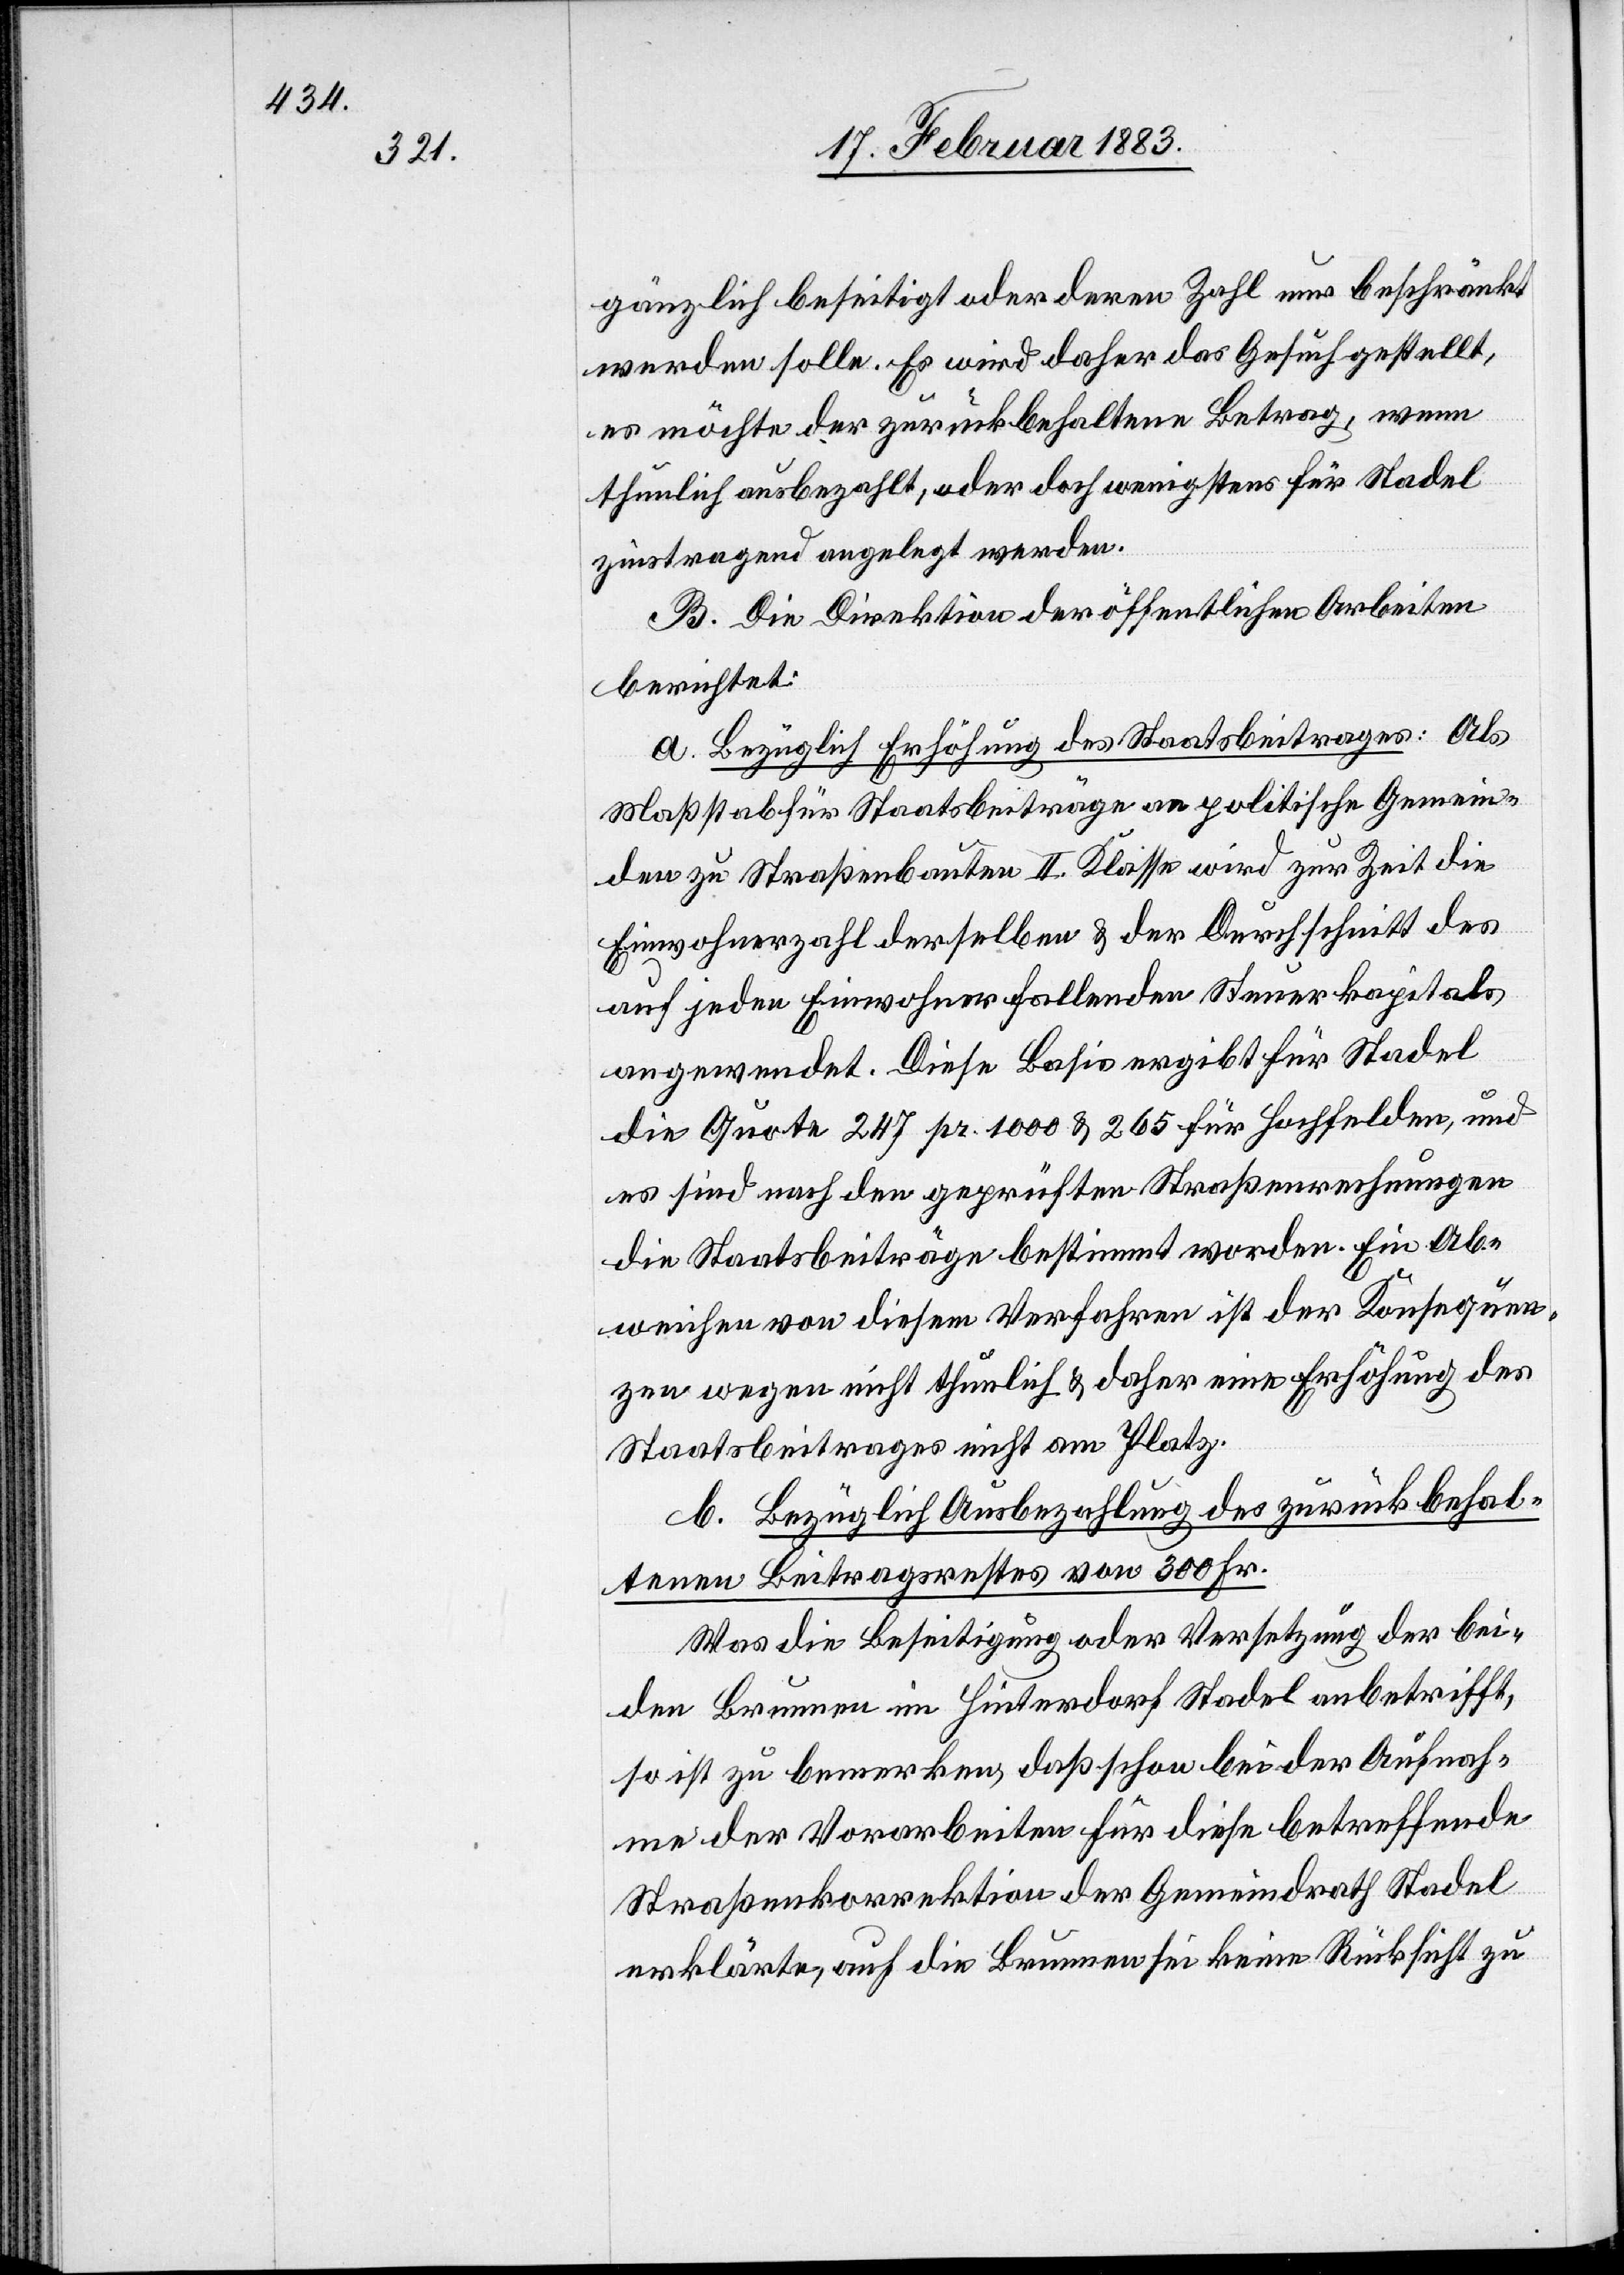
gänzlich beseitigt oder deren Zahl nur beschränkt
werden solle. Es wird daher das Gesuch gestellt,
es möchte der zurückbehaltene Betrag, wenn
thunlich ausbezahlt [sic!], oder doch wenigstens für Stadel
zinstragend angelegt werden.
B. Die Direktion der öffentlichen Arbeiten
berichtet:
a. Bezüglich Erhöhung des Staatsbeitrages: Als
Maßstab für Staatsbeiträge an politische Gemein¬
den zu Straßenbauten II. Klasse wird zur Zeit die
Einwohnerzahl derselben & der Durchschnitt des
auf jeden Einwohner fallenden Steuerkapitals
angewendet. Diese Basis ergibt für Stadel
die Quote 247 pr. 1000 & 265 für Hochfelden, und
es sind nach den geprüften Straßenrechnungen
die Staatsbeiträge bestimmt worden. Ein Ab¬
weichen von diesem Verfahren ist der Konsequen¬
zen wegen nicht thunlich & daher eine Erhöhung des
Staatsbeitrages nicht am Platz.
b. Bezüglich Ausbezahlung des zurückbehal¬
tenen Beitragsrestes von 300 Fr.
Was die Beseitigung oder Versetzung der bei¬
den Brunnen im Hinterdorf Stadel anbetrifft,
so ist zu bemerken, daß schon bei der Aufnah¬
me der Vorarbeiten für die betreffende
Straßenkorrektion der Gemeindrath Stadel
erklärte, auf die Brunnen sei keine Rücksicht zu